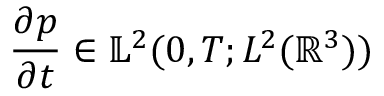
\frac { \partial p } { \partial t } \in \mathbb { L } ^ { 2 } ( 0 , T ; L ^ { 2 } ( \mathbb { R } ^ { 3 } ) )